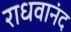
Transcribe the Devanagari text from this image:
राधवानंद